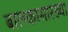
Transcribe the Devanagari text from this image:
बालकासारख्या